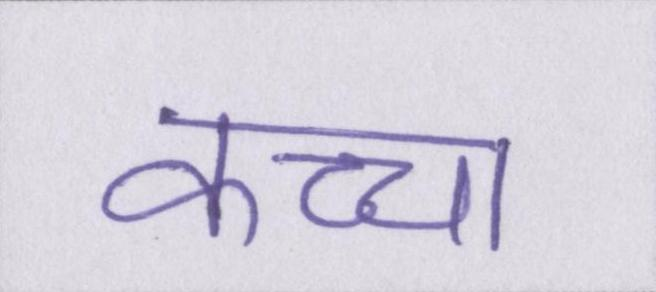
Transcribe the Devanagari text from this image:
कच्चा